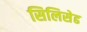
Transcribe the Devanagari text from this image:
सिलिसेढ